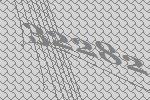
32282